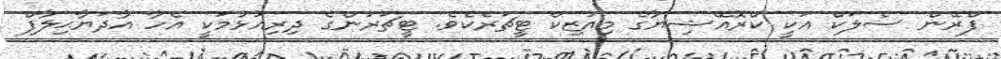
ފްރޭން ސެލަކް އަކީ ކްރޮއޭޝިޔާގެ މިއުޒިކް ޓީޗަރެކެވެ. ޓީޗަރުންގެ ދިރިއުޅުމަކީ އެހާ އާދަޔާޙިލާފް